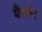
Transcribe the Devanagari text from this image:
मैंगलैन